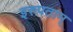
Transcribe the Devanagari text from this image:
इरुपताम्